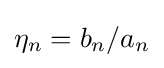
\eta _{n}=b_{n}/a_{n}